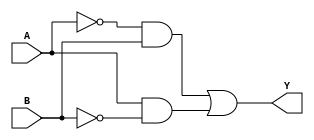
module combinational_logic (
    input wire A,  // Input variable A
    input wire B,  // Input variable B
    output wire Y  // Output variable Y
);

// Combinational logic implementation
assign Y = (~A & B) | (A & ~B);  // Y = A'B + AB'

endmodule